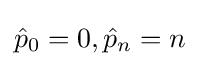
{\hat {p}}_{0}=0,{\hat {p}}_{n}=n